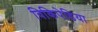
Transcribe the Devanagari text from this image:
विकिपेडिया